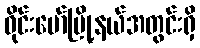
ဝိုင်းမော်မြို့နယ်အတွင်းရှိ